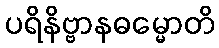
ပရိနိဗ္ဗာနဓမ္မောတိ